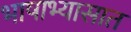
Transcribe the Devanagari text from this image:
भाषाभ्यासात